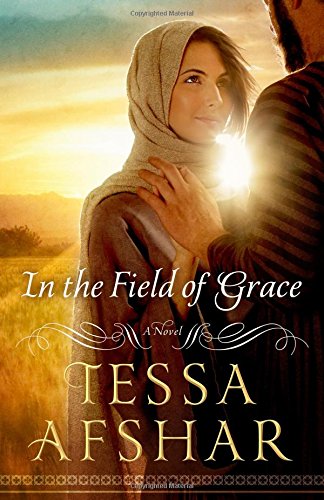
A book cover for In the Field of Grace; Tessa Afshar; Literature & Fiction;